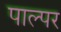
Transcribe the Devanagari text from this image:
पाल्पर